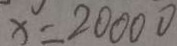
x = 2 0 0 0 0